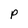
Character: P